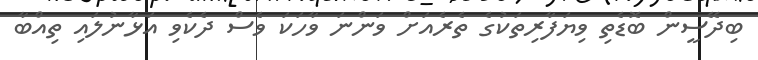
ބިދޭސީން ބޮޑެތި ވިޔަފާރިތަކުގެ ތެރެއަށް ވަންނަ ވާހަކަ ވެސް ދެކެވި އަޅާނުލައި ތިއްބާ